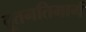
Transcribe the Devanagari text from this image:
द्रूतगतिमार्ग